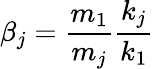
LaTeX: \beta_{j}=\frac{m_{1}}{m_{j}}\frac{k_{j}}{k_{1}}